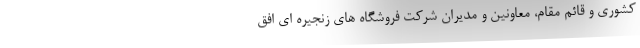
کشوری و قائم مقام، معاونین و مدیران شرکت فروشگاه های زنجیره ای افق